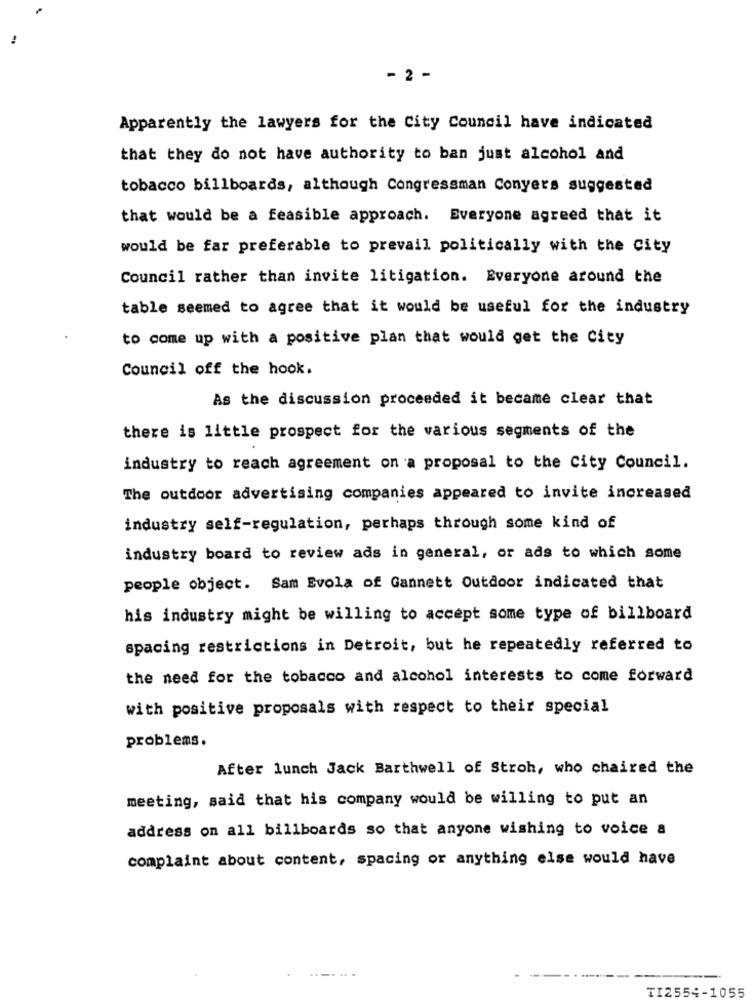
- 2 -
Apparently the lawyers for the City Council have indicated
that they do not have authority to ban just alcohol and
tobacco billboards, although Congressman Conyers suggested
that would be a feasible approach. Everyone agreed that it
would be far preferable to prevail politically with the City
Council rather than invite litigation. Everyone around the
table seemed to agree that it would be useful for the industry
to come up with a positive plan that would get the City
Council off the hook.
As the discussion proceeded it became clear that
there is little prospect for the various segments of the
industry to reach agreement on a proposal to the City Council.
The outdoor advertising companies appeared to invite increased
industry self-regulation, perhaps through some kind of
industry board to review ads in general, or ads to which some
people object. Sam Evola of Gannett Outdoor indicated that
his industry might be willing to accept some type of billboard
spacing restrictions in Detroit, but he repeatedly referred to
the need for the tobacco and alcohol interests to come forward
with positive proposals with respect to their special
problems.
After lunch Jack Barthwell of Stroh, who chaired the
meeting, said that his company would be willing to put an
address on all billboards so that anyone wishing to voice a
complaint about content, spacing or anything else would have
.........
TI2554-1055